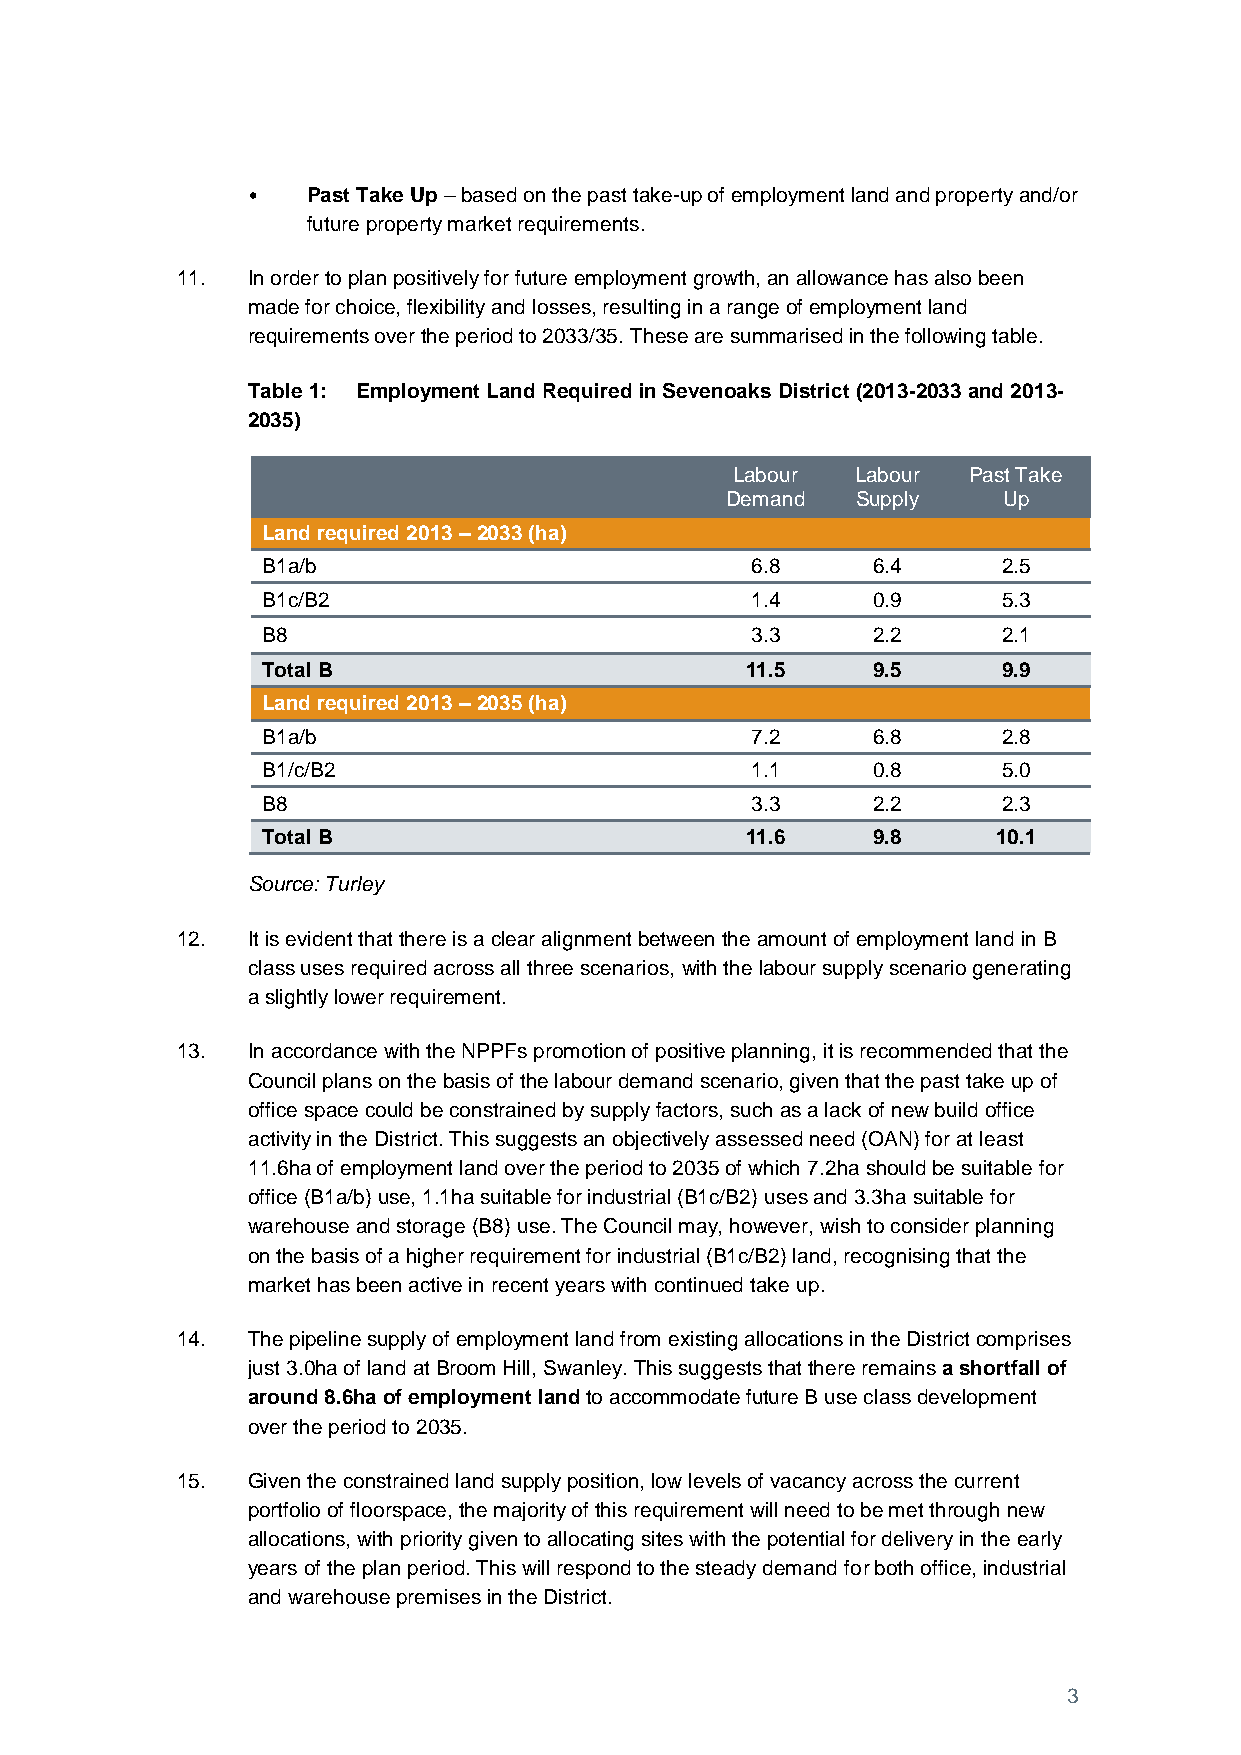
•   Past Take Up – based on the past take-up of employment land and property and/or
 future property market requirements.
 11. In order to plan positively for future employment growth, an allowance has also been
 made for choice, flexibility and losses, resulting in a range of employment land
 requirements over the period to 2033/35. These are summarised in the following table.
 Table 1: Employment Land Required in Sevenoaks District (2013-2033 and 2013-
 2035)
 Labour  Labour Past Take
 Demand   Supply   Up
 Land required 2013 – 2033 (ha)
 B1a/b                            6.8     6.4     2.5
 B1c/B2                           1.4     0.9     5.3
 B8                               3.3     2.2     2.1
 Total B                         11.5     9.5     9.9
 Land required 2013 – 2035 (ha)
 B1a/b                            7.2     6.8     2.8
 B1/c/B2                          1.1     0.8     5.0
 B8                               3.3     2.2     2.3
 Total B                         11.6     9.8     10.1
 Source: Turley
 12. It is evident that there is a clear alignment between the amount of employment land in B
 class uses required across all three scenarios, with the labour supply scenario generating
 a slightly lower requirement.
 13. In accordance with the NPPFs promotion of positive planning, it is recommended that the
 Council plans on the basis of the labour demand scenario, given that the past take up of
 office space could be constrained by supply factors, such as a lack of new build office
 activity in the District. This suggests an objectively assessed need (OAN) for at least
 11.6ha of employment land over the period to 2035 of which 7.2ha should be suitable for
 office (B1a/b) use, 1.1ha suitable for industrial (B1c/B2) uses and 3.3ha suitable for
 warehouse and storage (B8) use. The Council may, however, wish to consider planning
 on the basis of a higher requirement for industrial (B1c/B2) land, recognising that the
 market has been active in recent years with continued take up.
 14. The pipeline supply of employment land from existing allocations in the District comprises
 just 3.0ha of land at Broom Hill, Swanley. This suggests that there remains a shortfall of
 around 8.6ha of employment land to accommodate future B use class development
 over the period to 2035.
 15. Given the constrained land supply position, low levels of vacancy across the current
 portfolio of floorspace, the majority of this requirement will need to be met through new
 allocations, with priority given to allocating sites with the potential for delivery in the early
 years of the plan period. This will respond to the steady demand for both office, industrial
 and warehouse premises in the District.
 3